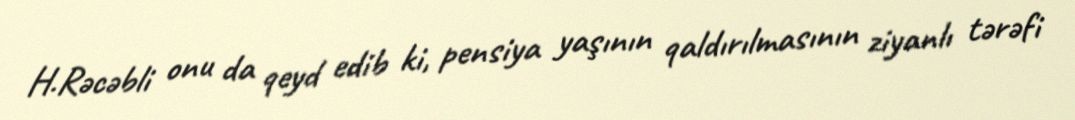
H.Rəcəbli onu da qeyd edib ki, pensiya yaşının qaldırılmasının ziyanlı tərəfi